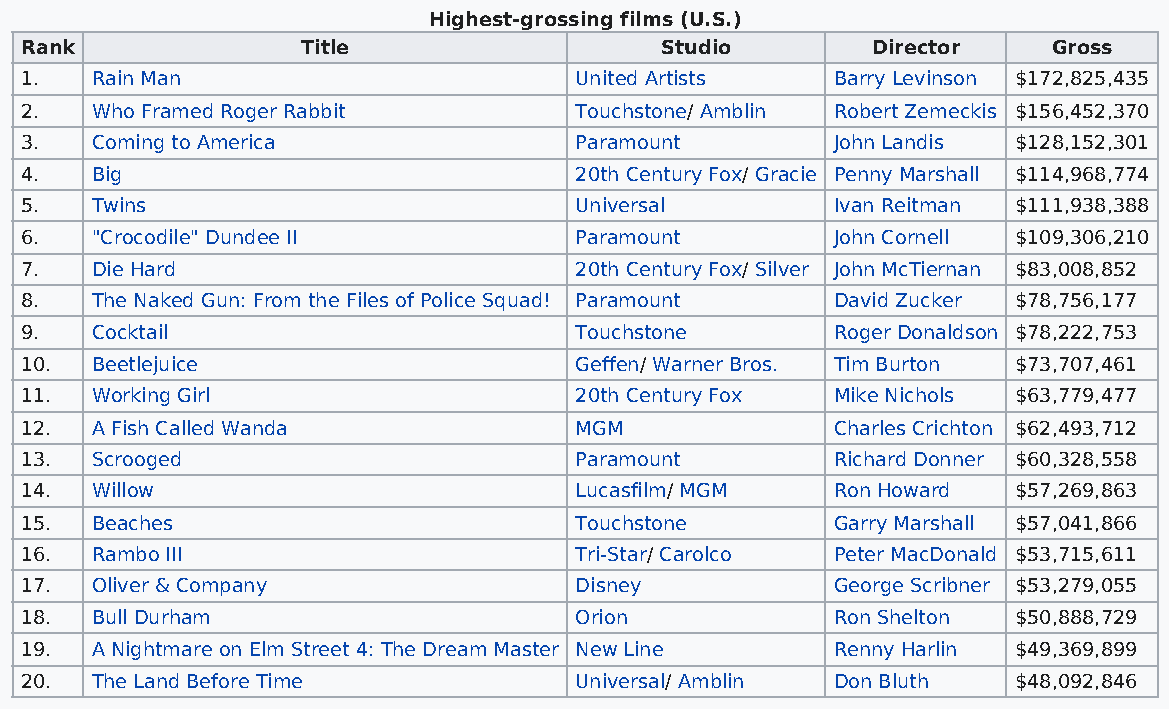
Highest-grossing films (U.S.)
 Rank               Title                   Studio        Director    Gross
 1.   Rain Man                        United Artists   Barry Levinson $172,825,435
 2.   Who Framed Roger Rabbit         Touchstone/ Amblin Robert Zemeckis $156,452,370
 3.   Coming to America               Paramount        John Landis $128,152,301
 4.   Big                             20th Century Fox/ Gracie Penny Marshall $114,968,774
 5.   Twins                           Universal        Ivan Reitman $111,938,388
 6.   "Crocodile" Dundee II           Paramount        John Cornell $109,306,210
 7.   Die Hard                        20th Century Fox/ Silver John McTiernan $83,008,852
 8.   The Naked Gun: From the Files of Police Squad! Paramount David Zucker $78,756,177
 9.   Cocktail                        Touchstone       Roger Donaldson $78,222,753
 10.  Beetlejuice                     Geffen/ Warner Bros. Tim Burton $73,707,461
 11.  Working Girl                    20th Century Fox Mike Nichols $63,779,477
 12.  A Fish Called Wanda             MGM              Charles Crichton $62,493,712
 13.  Scrooged                        Paramount        Richard Donner $60,328,558
 14.  Willow                          Lucasfilm/ MGM   Ron Howard  $57,269,863
 15.  Beaches                         Touchstone       Garry Marshall $57,041,866
 16.  Rambo III                       Tri-Star/ Carolco Peter MacDonald $53,715,611
 17.  Oliver & Company                Disney           George Scribner $53,279,055
 18.  Bull Durham                     Orion            Ron Shelton $50,888,729
 19.  A Nightmare on Elm Street 4: The Dream Master New Line Renny Harlin $49,369,899
 20.  The Land Before Time            Universal/ Amblin Don Bluth  $48,092,846